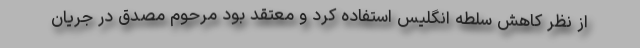
از نظر كاهش سلطه انگلیس استفاده كرد و معتقد بود مرحوم مصدق در جریان